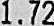
1.72